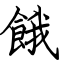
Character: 餓